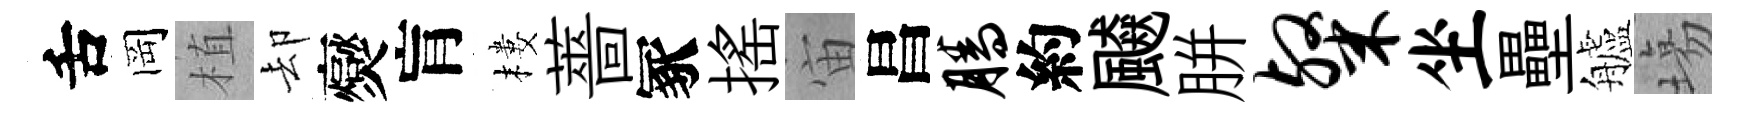
舌岡植却爕肓樓薔冢搖宙昌腾約飇胼粲坐壘艫塲